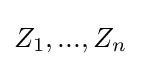
Z_{1},...,Z_{n}